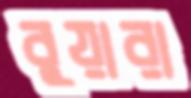
বুয়ারা